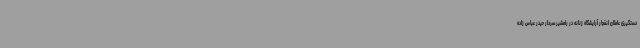
دستگیری عاملان انفجار آرایشگاه زنانه در رامشیر سردار حیدر عباس زاده